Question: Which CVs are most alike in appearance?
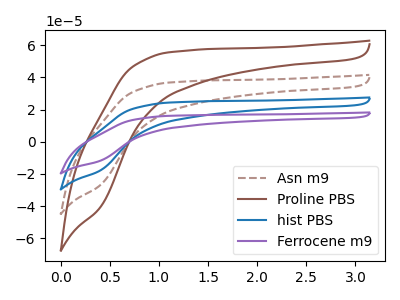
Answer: <think>The brown dashed curve "Asn m9" has no peaks. The brown curve "Proline PBS" has no peaks. The blue curve "hist PBS" has no peaks. The purple curve "Ferrocene m9" has no peaks.
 Neither "Asn m9" or "Proline PBS" have any peaks. Neither "Asn m9" or "hist PBS" have any peaks. Neither "Asn m9" or "Ferrocene m9" have any peaks. Neither "Proline PBS" or "hist PBS" have any peaks. Neither "Proline PBS" or "Ferrocene m9" have any peaks. Neither "hist PBS" or "Ferrocene m9" have any peaks.</think>
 <answer>"Proline PBS", "Asn m9", "hist PBS" and "Ferrocene m9" have the same shape and are likely CV's of the same chemical.</answer>
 <eval>"Proline PBS" "Asn m9" "hist PBS" "Ferrocene m9"</eval>